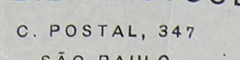
C. POSTAL, 347